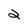
Character: 2